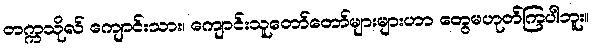
တက္ကသိုလ် ကျောင်းသား၊ ကျောင်းသူတော်တော်များများဟာ တွေမဟုတ်ကြပါဘူး။